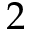
2